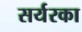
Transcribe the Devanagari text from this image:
सर्यरका